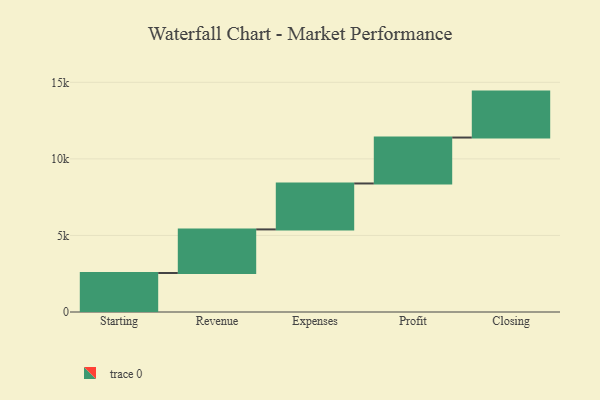
{"axis": {"x": "Step", "y": "Value"}, "legend": [""], "data": [{"x": "Starting", "y": 2548.0, "type": ""}, {"x": "Revenue", "y": 2846.0, "type": ""}, {"x": "Expenses", "y": 3000, "type": ""}, {"x": "Profit", "y": 3000, "type": ""}, {"x": "Closing", "y": 3000, "type": ""}]}